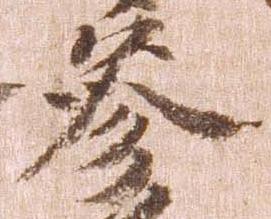
参